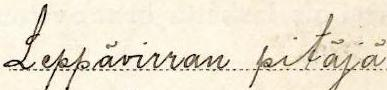
Leppävirran pitäjä